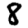
Digit: 8